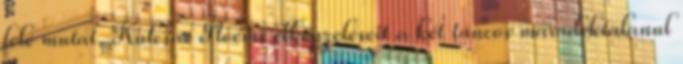
felé mutat. Kulcsár Noémi elképzeléseit a két táncos maradéktalanul